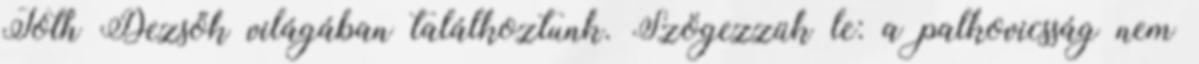
Tóth Dezsők világában találkoztunk. Szögezzük le: a palkovicsság nem